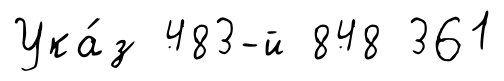
Ука́з 483-й 848 361